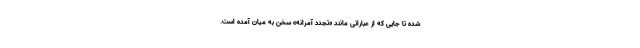
شده تا جایی که از عباراتی مانند «تجدد آمرانه» سخن به میان آمده است.